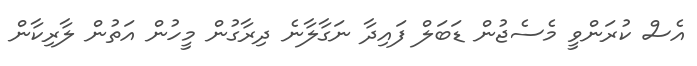
އެސް ކުރަންވީ މެސެޖުން ޑަބަލް ފައިދާ ނަގާލާނެ ދިރާގުން މީހުން އަތުން ލާރިކާން